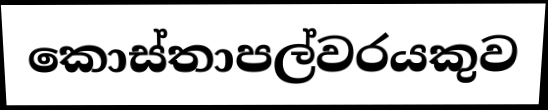
කොස්තාපල්වරයකුව